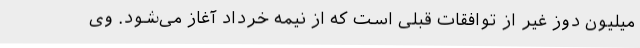
میلیون دوز غیر از توافقات قبلی است که از نیمه خرداد آغاز می‌شود. وی